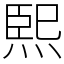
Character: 𤋮